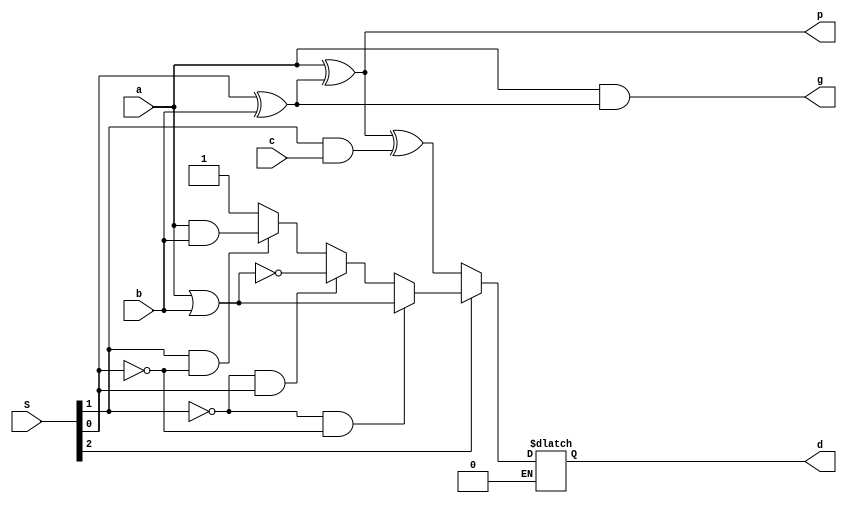
module alu_cell (d, g, p, a, b, c, S);
  output d, g, p;
  input a, b, c;
  input [2:0] S;
  reg g,p,d,cint,bint;
  always @(a,b,c,S,p,g) begin 
    bint = S[0] ^ b;
    g = a & bint;
    p = a ^ bint;
    cint = S[1] & c;
  if(S[2]==0)
    begin
      d = p ^ cint;
    end
  else if(S[2]==1)
    begin
      if((S[1]==0) & (S[0]==0)) begin
        d = a | b;
      end
      else if ((S[1]==0) & (S[0]==1)) begin
        d = ~(a|b);
      end
      else if ((S[1]==1) & (S[0]==0)) begin
        d = a&b;
      end
      else
        d = 1;
      end
    end
endmodule